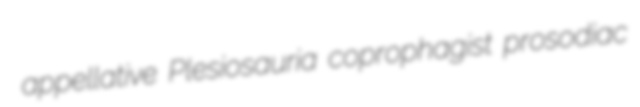
appellative Plesiosauria coprophagist prosodiac